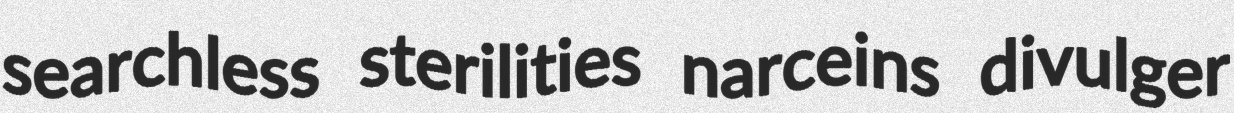
searchless sterilities narceins divulger